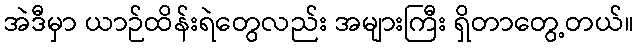
အဲဒီမှာ ယာဉ်ထိန်းရဲတွေလည်း အများကြီး ရှိတာတွေ့တယ်။